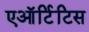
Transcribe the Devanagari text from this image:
एऑर्टिटिस